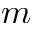
m